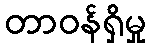
တာဝန်ရှိမှု